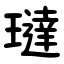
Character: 㼀